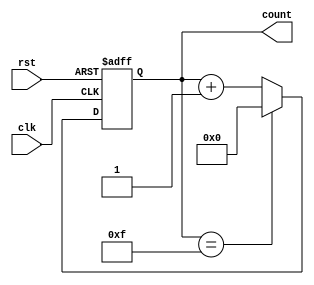
module binary_counter (
    input wire clk,       // Clock input
    input wire rst,       // Asynchronous reset
    output reg [3:0] count // 4-bit output representing the current count
);

// State transition and output logic
always @(posedge clk or posedge rst) begin
    if (rst) begin
        count <= 4'b0000; // Reset to 0
    end else begin
        if (count == 4'b1111) begin
            count <= 4'b0000; // Wrap around to 0
        end else begin
            count <= count + 1; // Increment count
        end
    end
end

endmodule